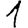
Digit: 1